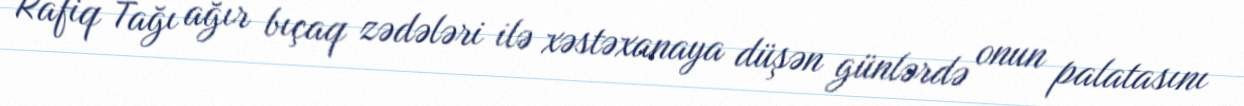
Rafiq Tağı ağır bıçaq zədələri ilə xəstəxanaya düşən günlərdə onun palatasını